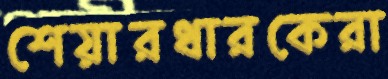
শেয়ারধারকেরা